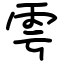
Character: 雩